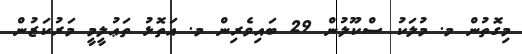
މިގޮތުން މ. މުލަކު ސްކޫލުން 29 ބައިވެރިން މ. އަތޮޅު ތަޢުލީމީ މަރުކަޒުން